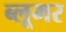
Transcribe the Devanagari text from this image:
ब्लूमर